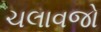
ચલાવજો